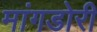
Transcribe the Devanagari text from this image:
मांगडोरी